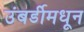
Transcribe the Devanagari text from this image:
उंबर्डीमधून